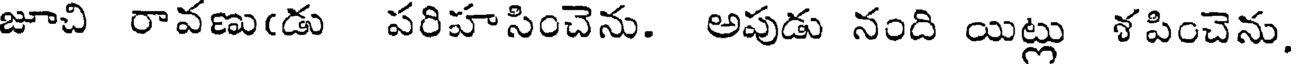
జూచి రావణు(డు పరిహసించెను. అపుడు నంది యిట్లు శపించెను,